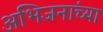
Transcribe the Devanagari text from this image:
अभिजनांच्या